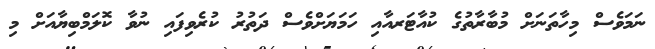
ނަމަވެސް މިހާތަނަށް މުބާރާތުގެ ކުއާޓަރއާއި ހަމަޔަށްވެސް ދަތުރު ކުރެވިފައި ނުވާ ކޮލަމްބިޔާއަށް މި